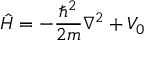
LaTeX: { \hat { H } } = - { \frac { \hbar ^ { 2 } } { 2 m } } \nabla ^ { 2 } + V _ { 0 }